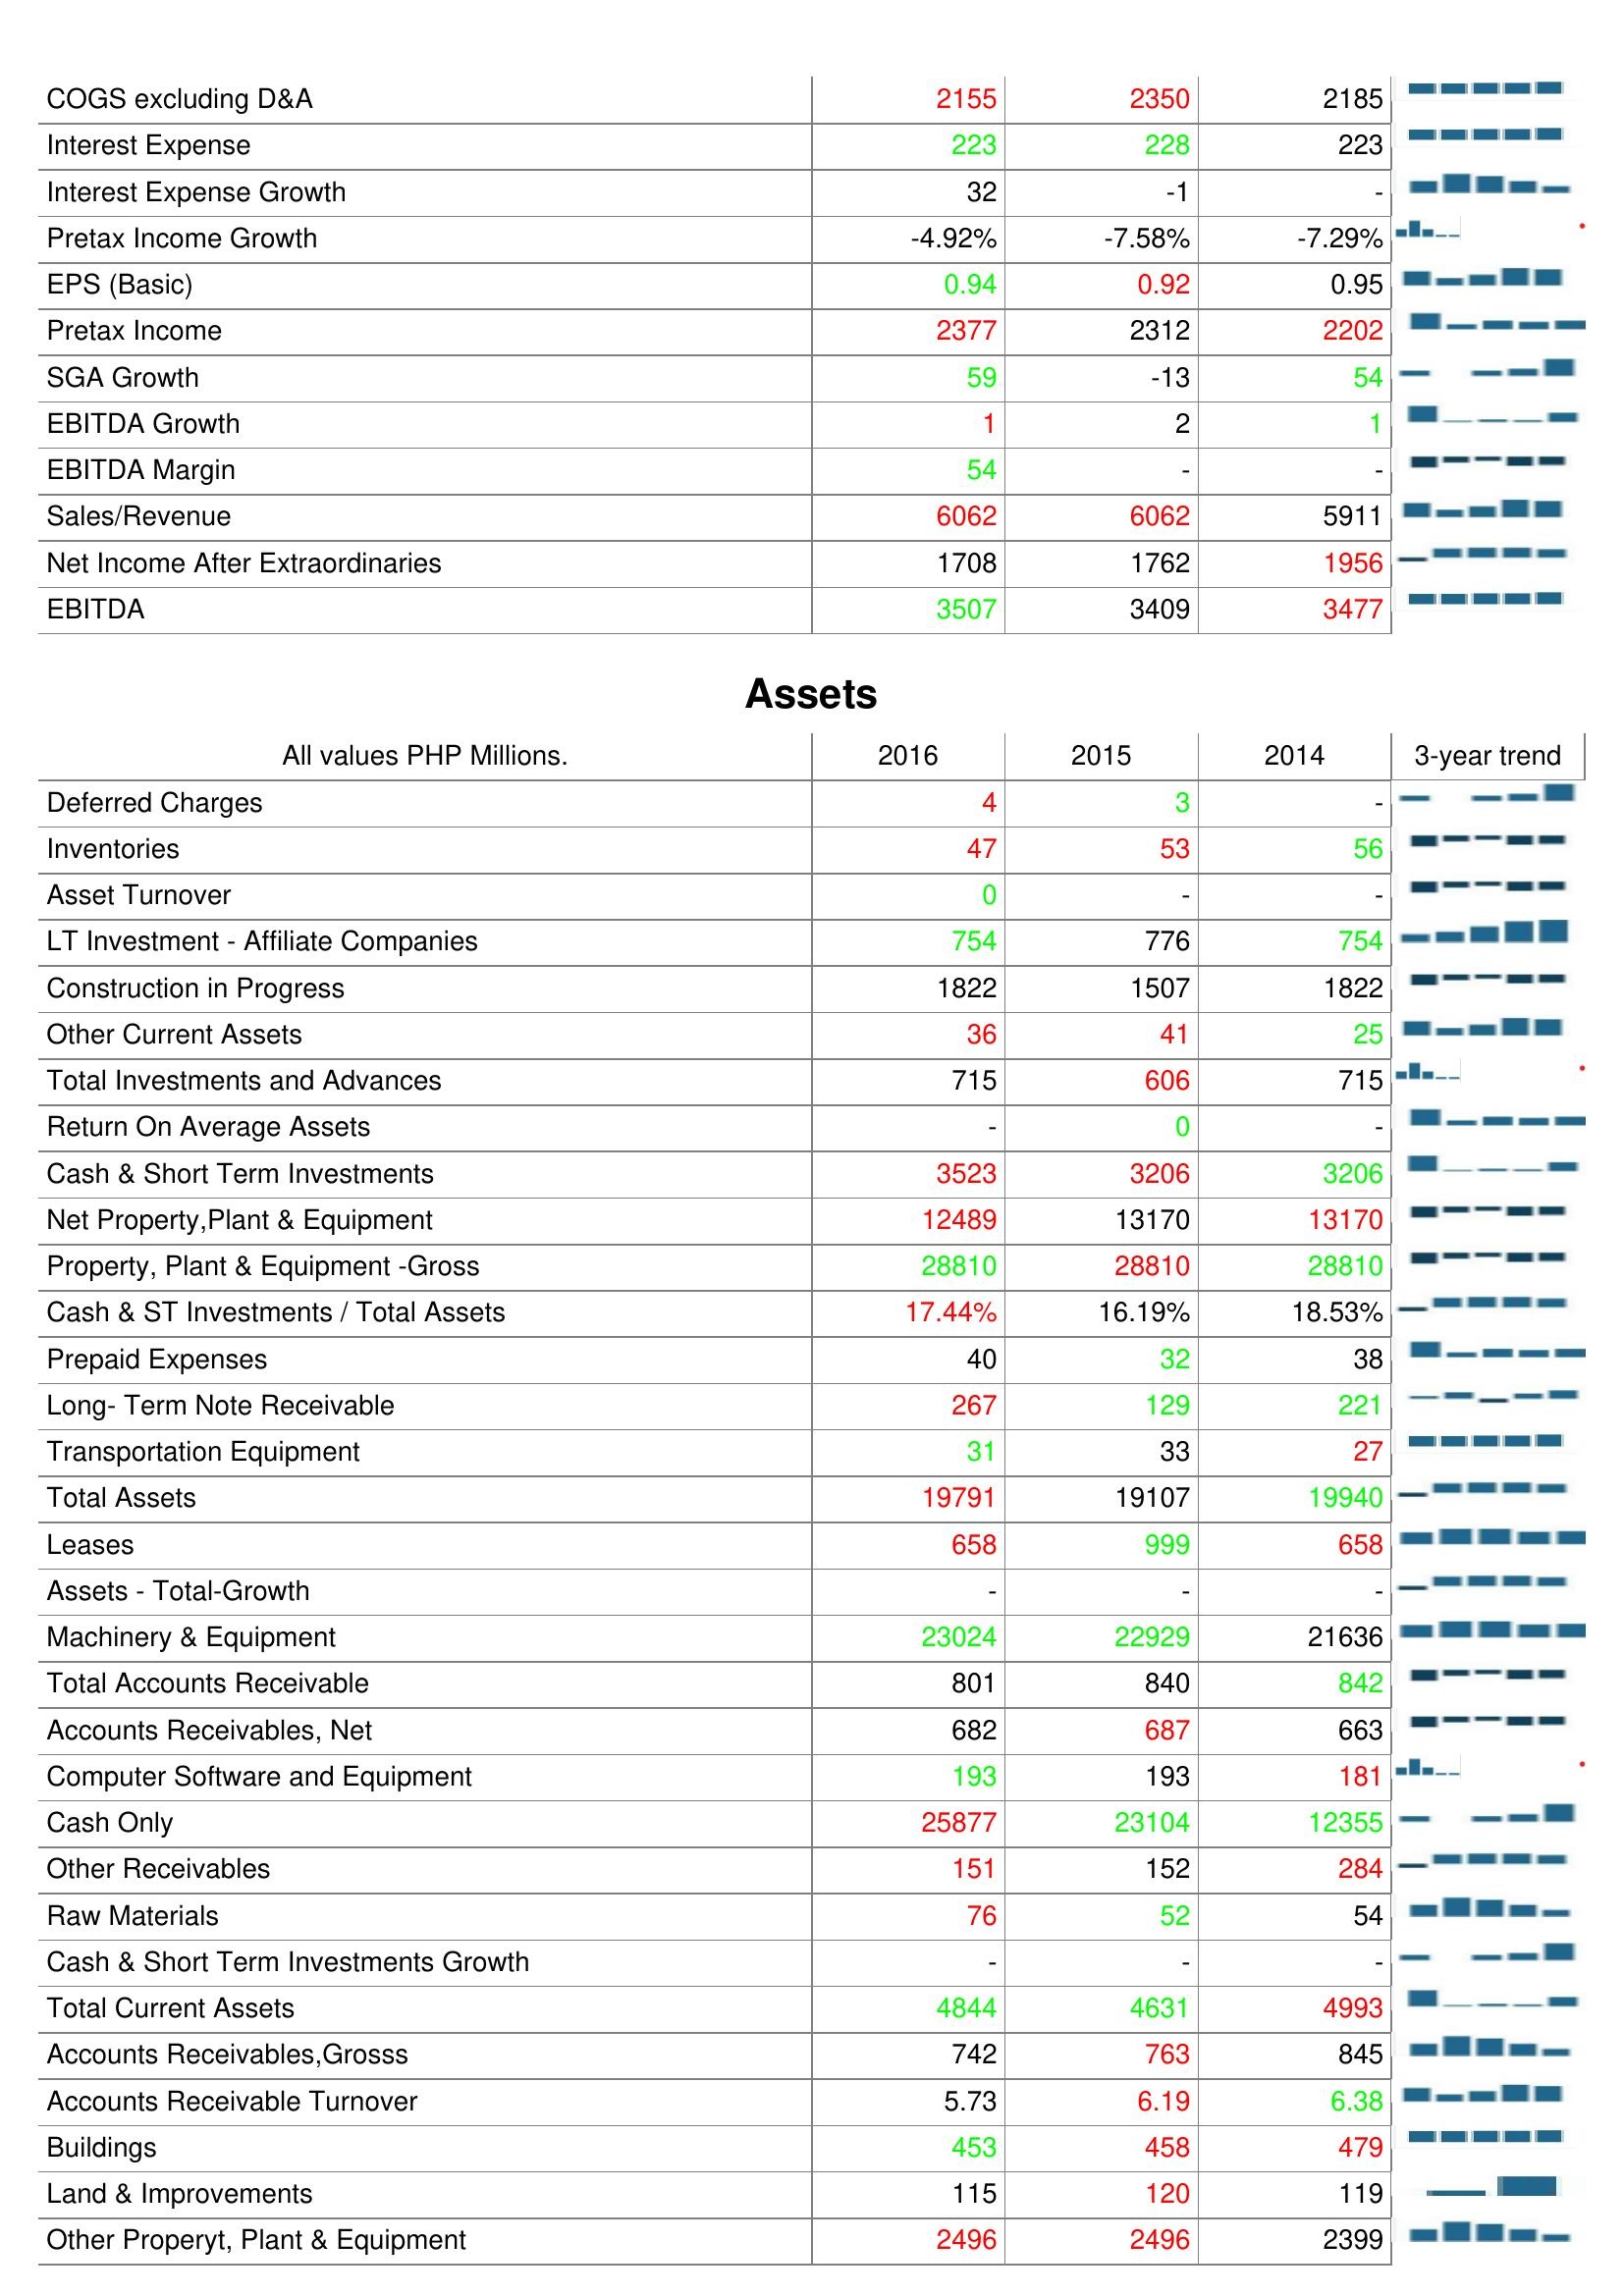
2016: : COGS excluding D&A: 2155
Interest Expense: 223
Interest Expense Growth: 32
Pretax Income Growth: -4.92%
EPS (Basic): 0.94
Pretax Income: 2377
SGA Growth: 59
EBITDA Growth: 1
EBITDA Margin: 54
Sales/Revenue: 6062
Net Income After Extraordinaries: 1708
EBITDA: 3507
Assets: Deferred Charges: 4
Inventories: 47
Asset Turnover: 0
LT Investment - Affiliate Companies: 754
Construction in Progress: 1822
Other Current Assets: 36
Total Investments and Advances: 715
Return On Average Assets: -
Cash & Short Term Investments: 3523
Net Property,Plant & Equipment: 12489
Property, Plant & Equipment -Gross: 28810
Cash & ST Investments / Total Assets: 17.44%
Prepaid Expenses: 40
Long- Term Note Receivable: 267
Transportation Equipment: 31
Total Assets: 19791
Leases: 658
Assets - Total-Growth: -
Machinery & Equipment: 23024
Total Accounts Receivable: 801
Accounts Receivables, Net: 682
Computer Software and Equipment: 193
Cash Only: 25877
Other Receivables: 151
Raw Materials: 76
Cash & Short Term Investments Growth: -
Total Current Assets: 4844
Accounts Receivables,Grosss: 742
Accounts Receivable Turnover: 5.73
Buildings: 453
Land & Improvements: 115
Other Properyt, Plant & Equipment: 2496
2015: : COGS excluding D&A: 2350
Interest Expense: 228
Interest Expense Growth: -1
Pretax Income Growth: -7.58%
EPS (Basic): 0.92
Pretax Income: 2312
SGA Growth: -13
EBITDA Growth: 2
EBITDA Margin: -
Sales/Revenue: 6062
Net Income After Extraordinaries: 1762
EBITDA: 3409
Assets: Deferred Charges: 3
Inventories: 53
Asset Turnover: -
LT Investment - Affiliate Companies: 776
Construction in Progress: 1507
Other Current Assets: 41
Total Investments and Advances: 606
Return On Average Assets: 0
Cash & Short Term Investments: 3206
Net Property,Plant & Equipment: 13170
Property, Plant & Equipment -Gross: 28810
Cash & ST Investments / Total Assets: 16.19%
Prepaid Expenses: 32
Long- Term Note Receivable: 129
Transportation Equipment: 33
Total Assets: 19107
Leases: 999
Assets - Total-Growth: -
Machinery & Equipment: 22929
Total Accounts Receivable: 840
Accounts Receivables, Net: 687
Computer Software and Equipment: 193
Cash Only: 23104
Other Receivables: 152
Raw Materials: 52
Cash & Short Term Investments Growth: -
Total Current Assets: 4631
Accounts Receivables,Grosss: 763
Accounts Receivable Turnover: 6.19
Buildings: 458
Land & Improvements: 120
Other Properyt, Plant & Equipment: 2496
2014: : COGS excluding D&A: 2185
Interest Expense: 223
Interest Expense Growth: -
Pretax Income Growth: -7.29%
EPS (Basic): 0.95
Pretax Income: 2202
SGA Growth: 54
EBITDA Growth: 1
EBITDA Margin: -
Sales/Revenue: 5911
Net Income After Extraordinaries: 1956
EBITDA: 3477
Assets: Deferred Charges: -
Inventories: 56
Asset Turnover: -
LT Investment - Affiliate Companies: 754
Construction in Progress: 1822
Other Current Assets: 25
Total Investments and Advances: 715
Return On Average Assets: -
Cash & Short Term Investments: 3206
Net Property,Plant & Equipment: 13170
Property, Plant & Equipment -Gross: 28810
Cash & ST Investments / Total Assets: 18.53%
Prepaid Expenses: 38
Long- Term Note Receivable: 221
Transportation Equipment: 27
Total Assets: 19940
Leases: 658
Assets - Total-Growth: -
Machinery & Equipment: 21636
Total Accounts Receivable: 842
Accounts Receivables, Net: 663
Computer Software and Equipment: 181
Cash Only: 12355
Other Receivables: 284
Raw Materials: 54
Cash & Short Term Investments Growth: -
Total Current Assets: 4993
Accounts Receivables,Grosss: 845
Accounts Receivable Turnover: 6.38
Buildings: 479
Land & Improvements: 119
Other Properyt, Plant & Equipment: 2399